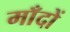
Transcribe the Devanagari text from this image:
माँदों